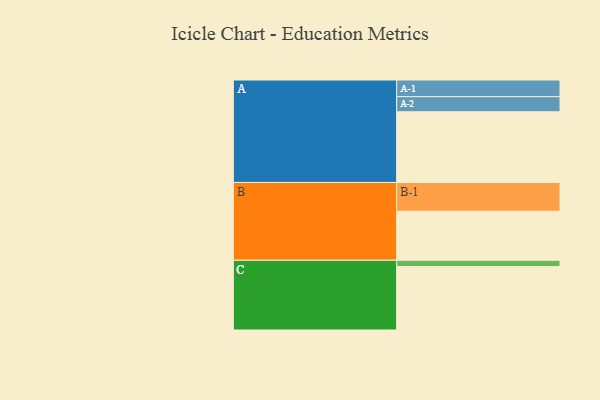
{"axis": {"x": "Segment", "y": "Value"}, "legend": ["", "A", "B", "C"], "data": [{"x": "A", "y": 585, "type": ""}, {"x": "B", "y": 406, "type": ""}, {"x": "C", "y": 525, "type": ""}, {"x": "A-1", "y": 138, "type": "A"}, {"x": "A-2", "y": 125, "type": "A"}, {"x": "B-1", "y": 238, "type": "B"}, {"x": "C-1", "y": 52, "type": "C"}]}